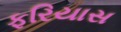
ફરિયાસ